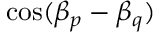
\cos ( \beta _ { p } - \beta _ { q } )